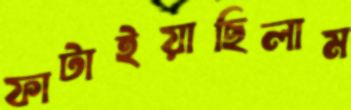
ফাটাইয়াছিলাম